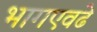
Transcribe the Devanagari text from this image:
भागएवढे